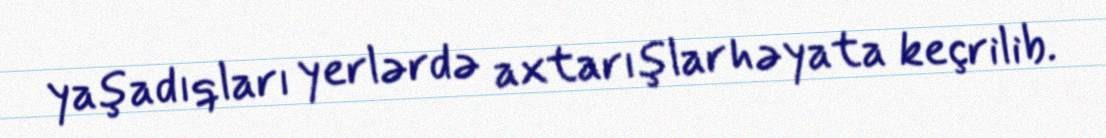
yaşadıqları yerlərdə axtarışlar həyata keçrilib.